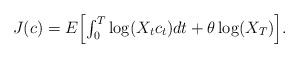
LaTeX: \begin{align*}J(c)=E\Big[{\textstyle\int_{0}^{T}}\log(X_{t}c_{t})dt+\theta\log( X_{T})\Big].\end{align*}